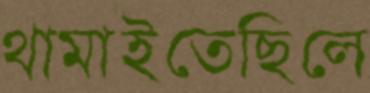
থামাইতেছিলে